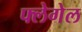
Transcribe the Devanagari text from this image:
फ्लेगेल